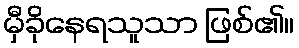
မှီခိုနေရသူသာ ဖြစ်၏။